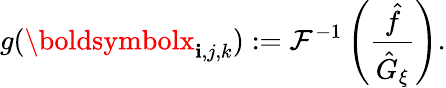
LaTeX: g(\boldsymbolx_{\mathbf{i},j,k}):=\mathcal{{F}}^{-1}\left(\frac{{\hat{{f}}}}{{\hat{{G}}_{\xi}}}\right).